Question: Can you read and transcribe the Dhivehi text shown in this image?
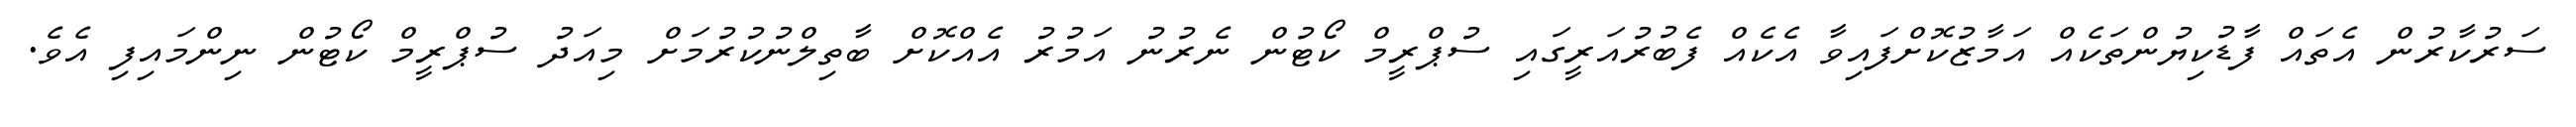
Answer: ސަރުކާރުން އެތައް ފާޑުކިޔުންތަކެއް އަމާޒުކޮށްފައިވާ އެކެއް ފެބުރުއަރީގައި ސުޕްރީމް ކޯޓުން ނެރުނު އަމުރު އެއްކޮށް ބާތިލްނުކުރުމަށް މިއަދު ސުޕްރީމް ކޯޓުން ނިންމައިފި އެވެ.